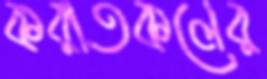
করাতকলের